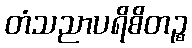
တံသညာပရိစိတဉ္စ